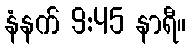
နံနက် 9:45 နာရီ။